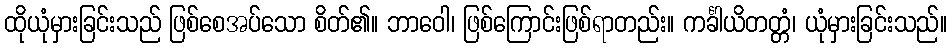
ထိုယုံမှားခြင်းသည် ဖြစ်စေအပ်သော စိတ်၏။ ဘာဝေါ၊ ဖြစ်ကြောင်းဖြစ်ရာတည်း။ ကင်္ခါယိတတ္တံ၊ ယုံမှားခြင်းသည်။